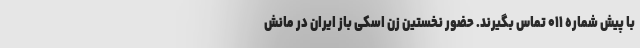
با پیش شماره ۰۱۱ تماس بگیرند. حضور نخستین زن اسکی باز ایران در مانش